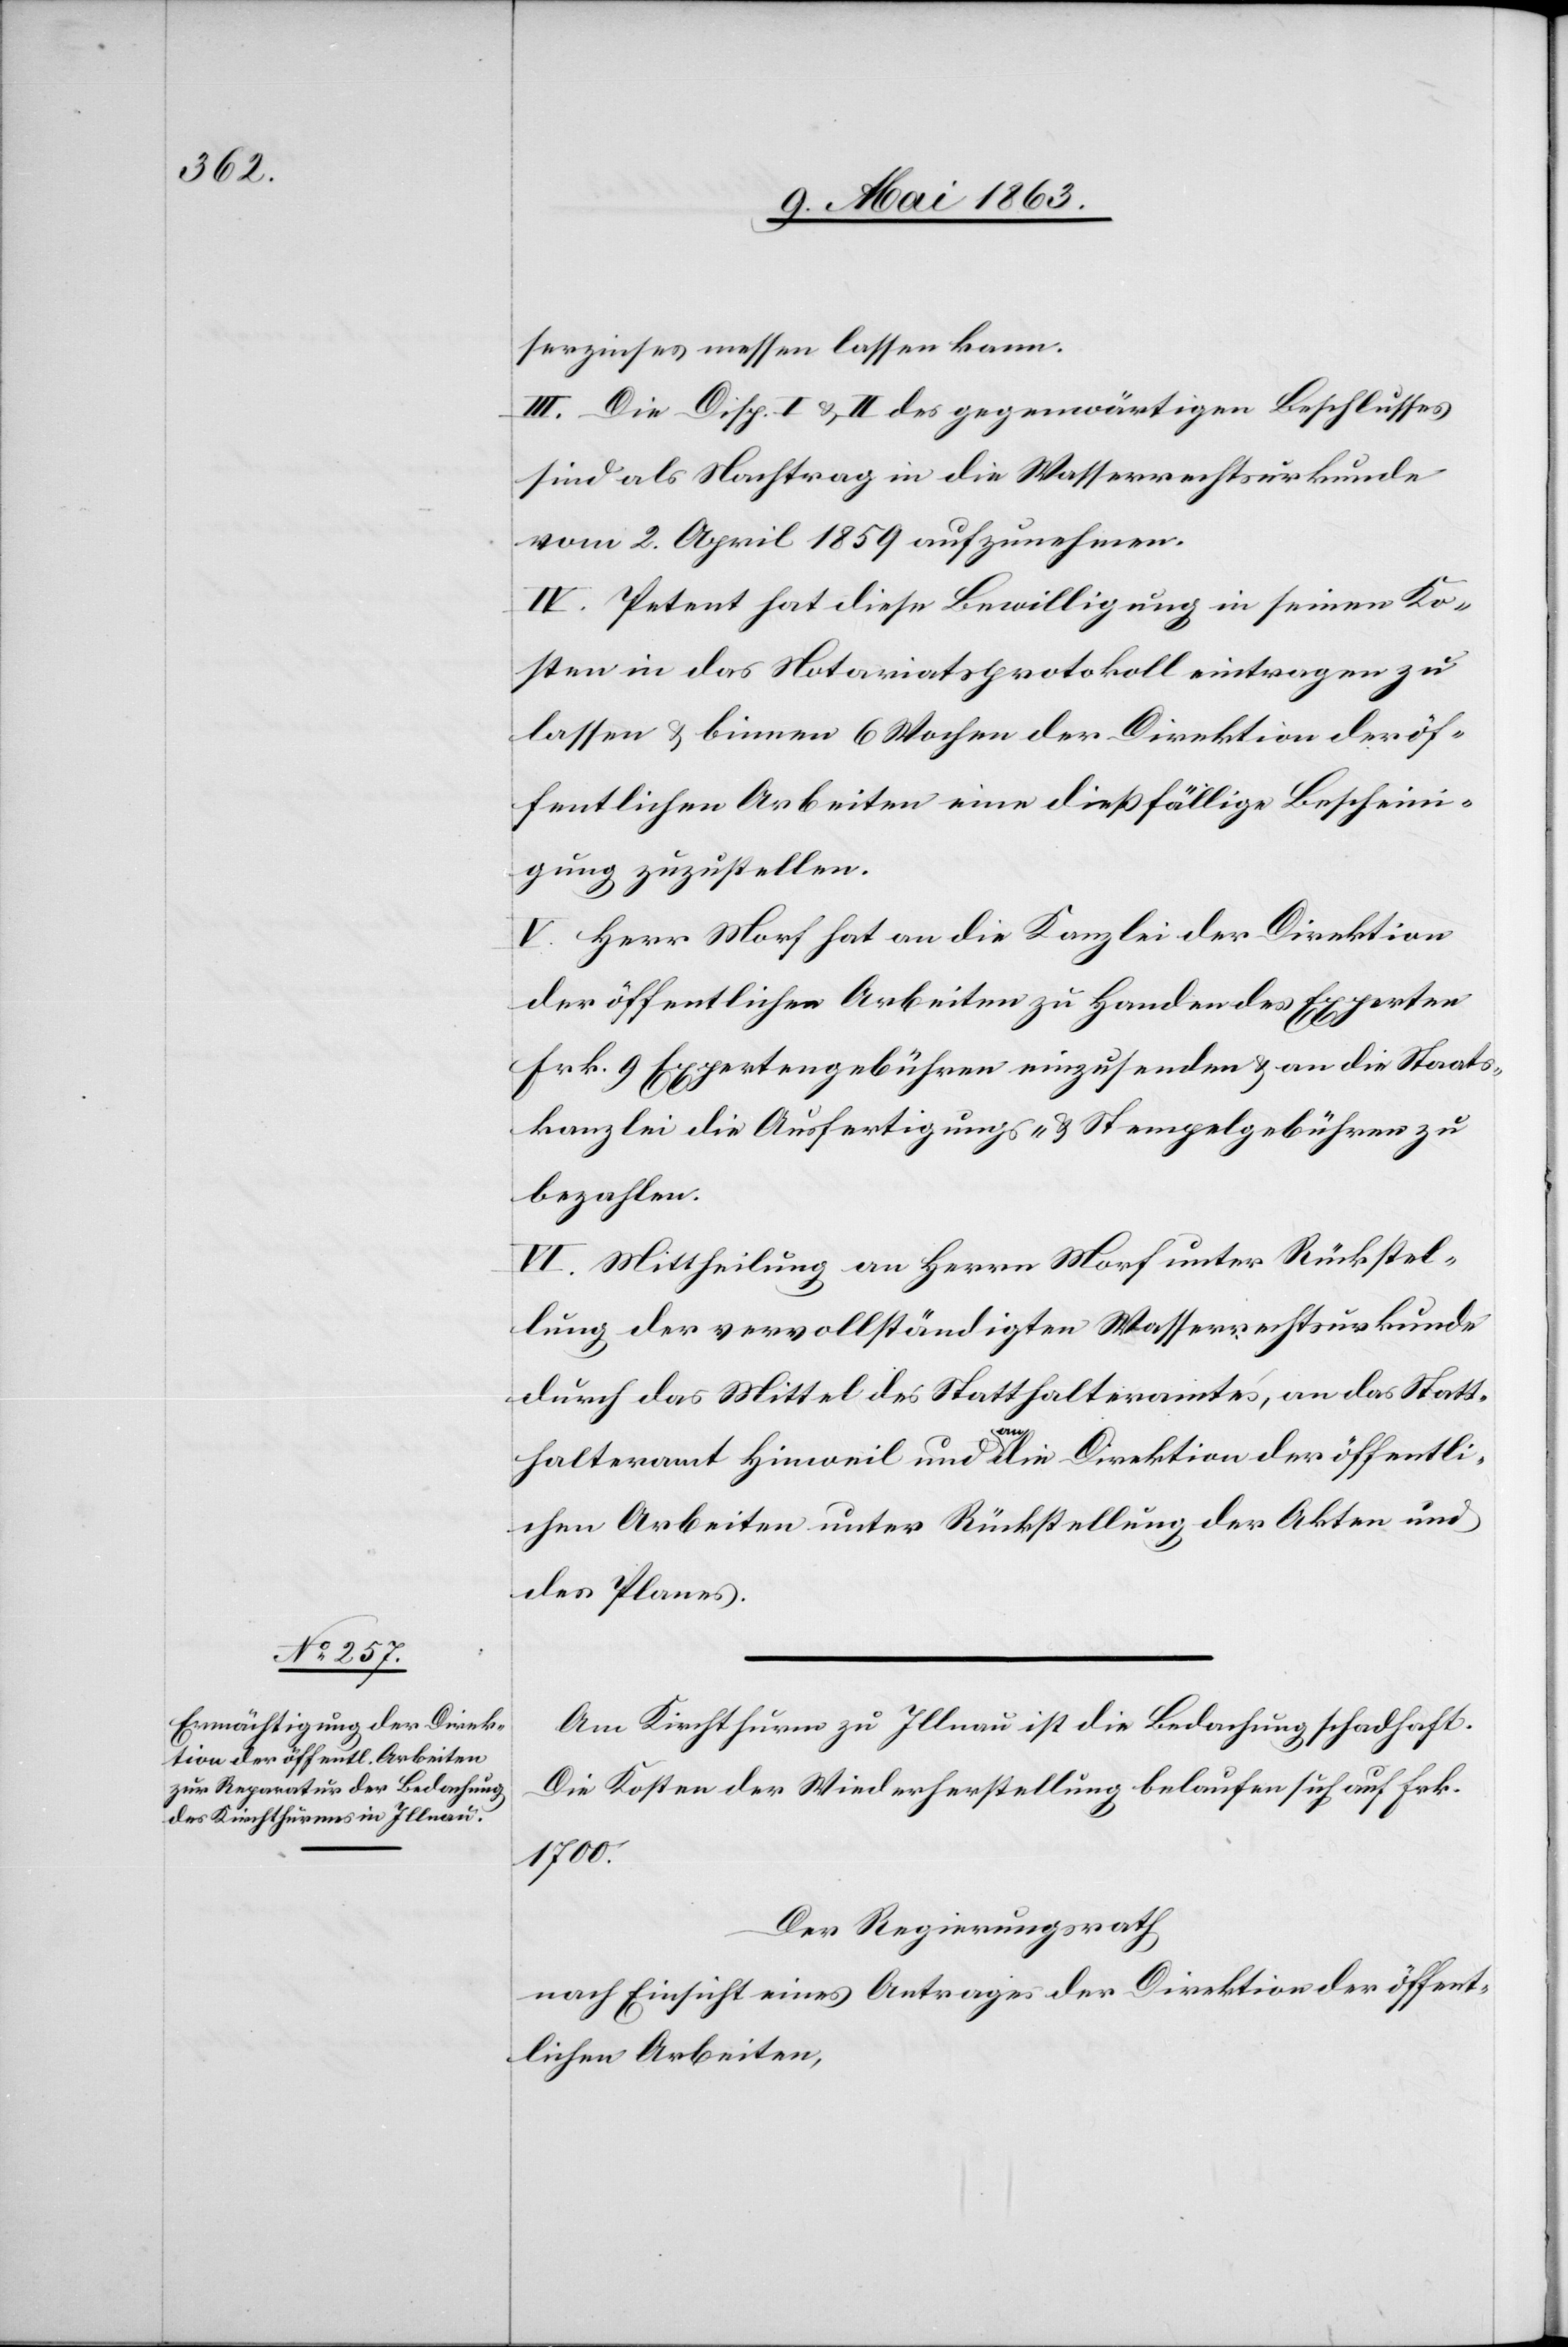
serzinses messen lassen kann.
III. Die Disp. I. & II des gegenwärtigen Beschlusses
sind als Nachtrag in die Wasserrechtsurkunde
vom 2. April 1859 aufzunehmen.
IV. Petent hat diese Bewilligung in seinen Ko¬
sten in das Notariatsprotokoll eintragen zu
lassen & binnen 6 Wochen der Direktion der öf¬
fentlichen Arbeiten eine dießfällige Bescheini¬
gung zuzustellen.
V. Herr Morf hat an die Kanzlei der Direktion
der öffentlichen Arbeiten zu Handen des Experten
Frk. 9 Expertengebühren einzusenden & an die Staats¬
kanzlei die Ausfertigungs- & Stempelgebühren zu
bezahlen.
VI. Mittheilung an Herrn Morf unter Rückstel¬
lung der vervollständigten Wasserrechtsurkunde
durch das Mittel des Statthalteramtes, an das Statt¬
halteramt Hinweil und an die Direktion der öffentli¬
chen Arbeiten unter Rückstellung der Akten und
des Planes.
Am Kirchthurm zu Illnau ist die Bedachung schadhaft.
Die Kosten der Wiederherstellung belaufen sich auf Frk.
1700.
Der Regierungsrath
nach Einsicht eines Antrages der Direktion der öffent¬
lichen Arbeiten,